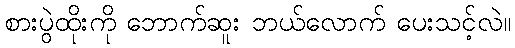
စားပွဲထိုးကို ဘောက်ဆူး ဘယ်လောက် ပေးသင့်လဲ။